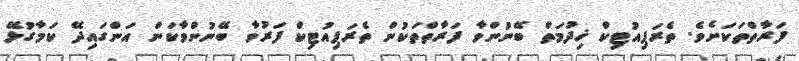
ފަރާތްތަކަށެވެ. ތެރަޕިއުޓިކް ޚިދުމަތް ބޭނުންވާ ފަރާތްތަކުން ތެރަޕިއުޓިކް ފަރުވާ ބޭނުންވާކަން އަންގައިދޭ ކަމާގުޅޭ